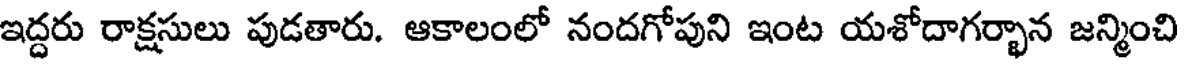
ఇద్దరు రాక్షసులు పుడతారు. ఆకాలంలో నందగోపుని ఇంట యశోదాగర్భాన జన్మించి